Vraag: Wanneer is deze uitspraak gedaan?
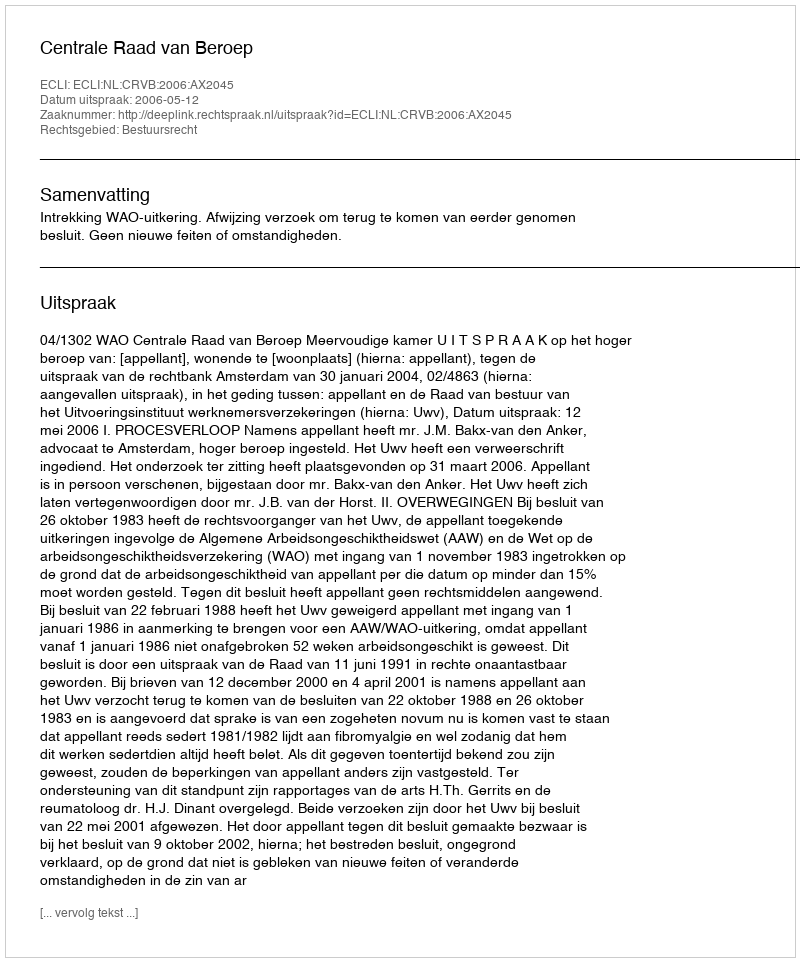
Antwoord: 2006-05-12